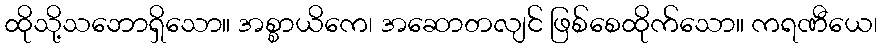
ထိုသို့သဘောရှိသော။ အစ္စာယိကေ၊ အဆောတလျင် ဖြစ်စေထိုက်သော။ ကရဏီယေ၊